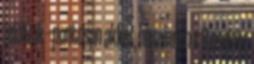
jelölünk – pontosan akkor, ha minden ε 0 esetén